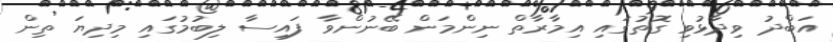
އަބްދު ވިދާޅުވި ގޮތުގައި އިމާރާތް ނިންމަން ބޭނުންވާ ފައިސާ ލިބުމުގައި މިދިޔަ ތިން